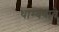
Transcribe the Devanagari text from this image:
थाम्बवावे